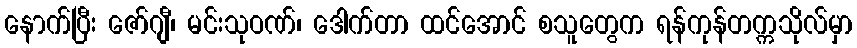
နောက်ပြီး ဇော်ဂျီ၊ မင်းသုဝဏ်၊ ဒေါက်တာ ထင်အောင် စသူတွေက ရန်ကုန်တက္ကသိုလ်မှာ